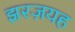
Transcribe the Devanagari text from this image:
झरज़यह